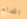
اقدام